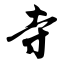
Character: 寺